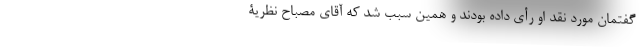
گفتمان مورد نقد او رأی داده بودند و همین سبب شد که آقای مصباح نظریۀ